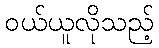
ဝယ်ယူလိုသည့်